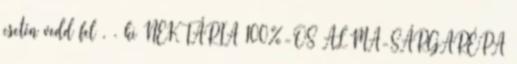
esetén vedd fel . . ki NEKTÁRIA 100%-OS ALMA-SÁRGARÉPA